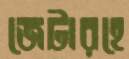
জেটারহে